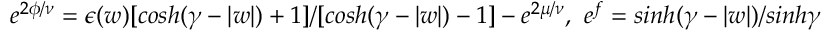
e ^ { 2 \phi / \nu } = \epsilon ( w ) [ c o s h ( \gamma - | w | ) + 1 ] / [ c o s h ( \gamma - | w | ) - 1 ] - e ^ { 2 \mu / \nu } , ~ e ^ { f } = s i n h ( \gamma - | w | ) / s i n h \gamma